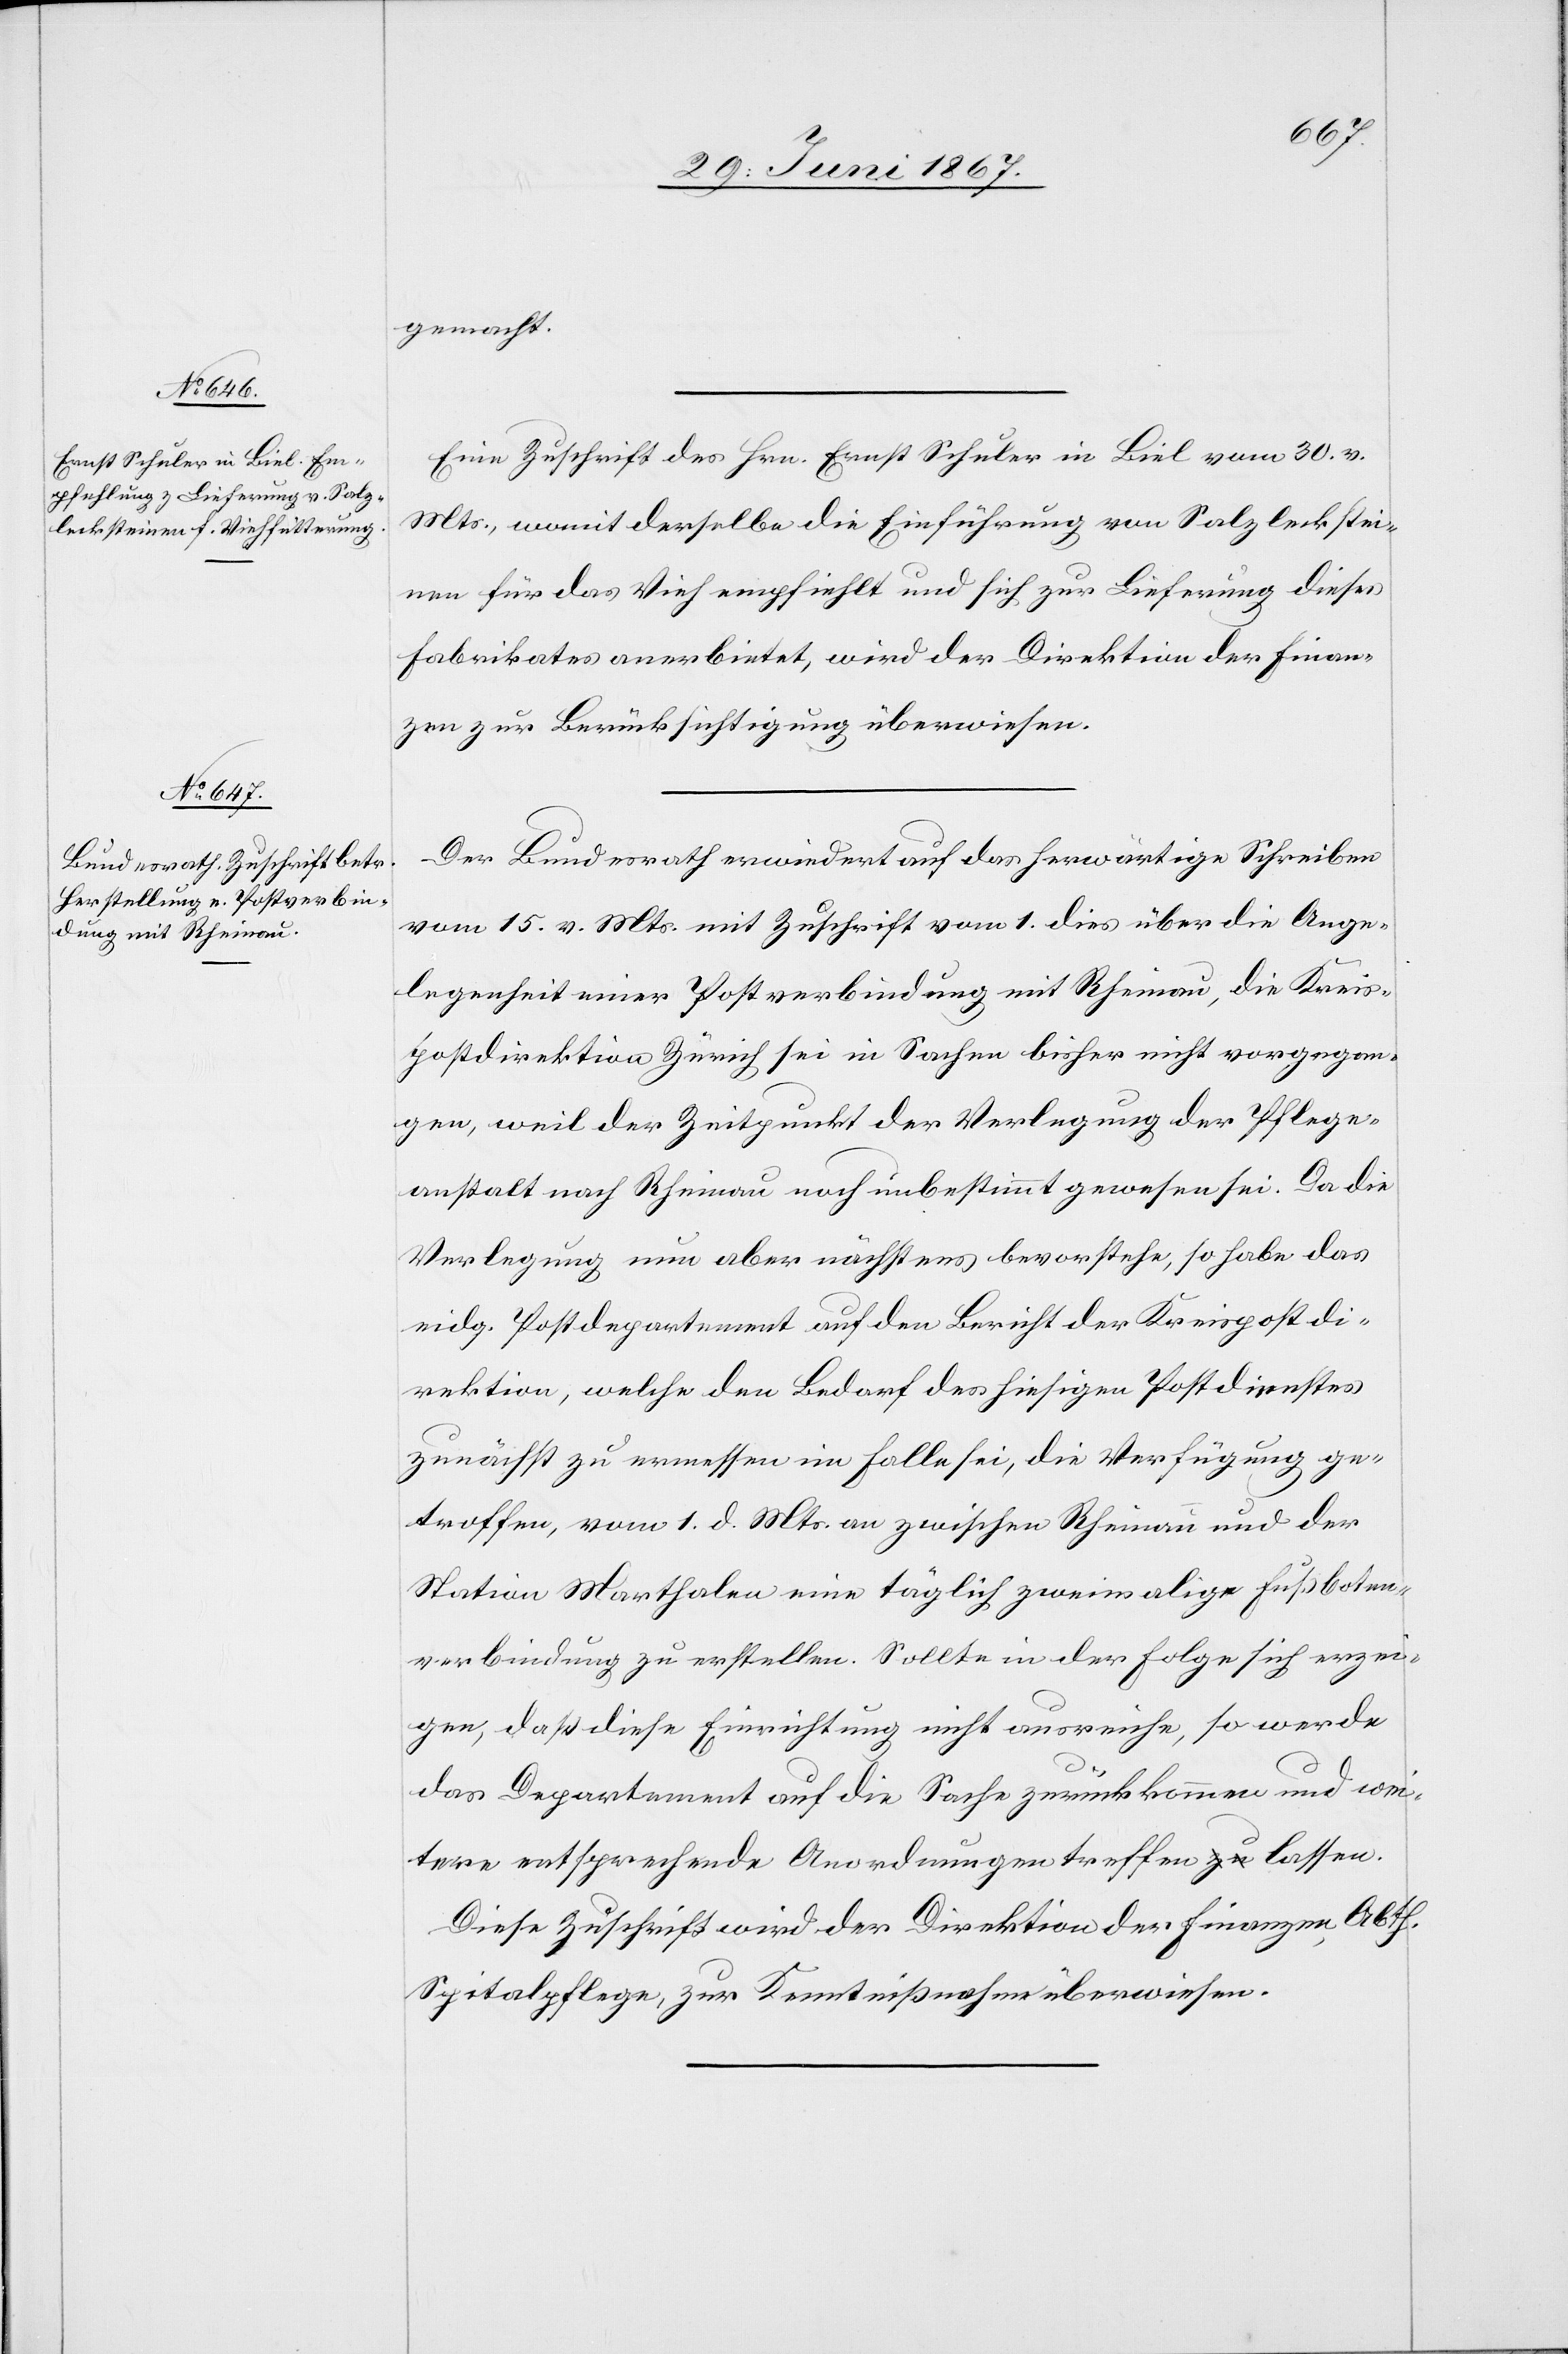
1867.]
gemacht.
Eine Zuschrift des Hrn. Ernst Schuler in Biel vom 30. v.
Mts., womit derselbe die Einführung von Salzleckstei¬
nen für das Vieh empfiehlt und sich zur Lieferung dieses
Fabrikates anerbietet, wird der Direktion der Finan¬
zen zur Berücksichtigung überwiesen.
Der Bundesrath erwiedert auf das herwärtige Schreiben
vom 15. v. Mts. mit Zuschrift vom 1. dies über die Ange¬
legenheit einer Postverbindung mit Rheinau, die Kreis¬
postdirektion Zürich sei in Sachen bisher nicht vorgegan¬
gen, weil der Zeitpunkt der Verlegung der Pflege¬
anstalt nach Rheinau noch unbestimmt gewesen sei. Da die
Verlegung nun aber nächstens bevorstehe, so habe das
eidg. Postdepartement auf den Bericht der Kreispostdi¬
rektion, welche den Bedarf des hiesigen Postdienstes
zunächst zu ermessen im Falle sei, die Verfügung ge¬
troffen, vom 1. d. Mts. an zwischen Rheinau und der
Station Marthalen eine täglich zweimalige Fußboten¬
verbindung zu erstellen. Sollte in der Folge sich erzei¬
gen, daß diese Einrichtung nicht ausreiche, so werde
das Departement auf die Sache zurückkommen und wei¬
tere entsprechende Anordnungen treffen lassen.
Diese Zuschrift wird der Direktion der Finanzen, Abth.
Spitalpflege, zur Kenntnißnahme überwiesen.